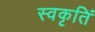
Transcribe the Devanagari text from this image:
स्वकृतिं